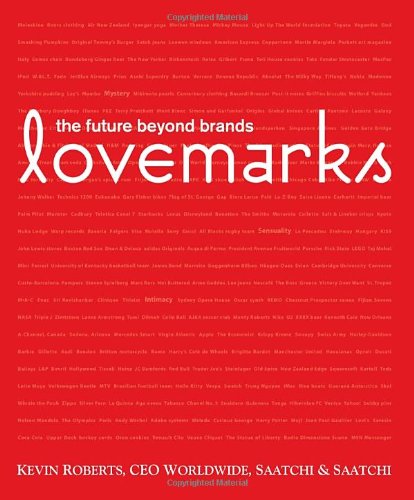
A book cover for Lovemarks; Kevin Roberts; Business & Money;